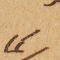
كما